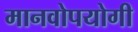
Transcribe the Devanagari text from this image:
मानवोपयोगी